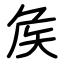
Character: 矦